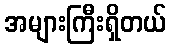
အများကြီးရှိတယ်